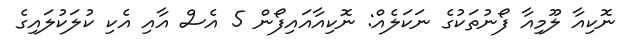
ނޮކިއާ ލޫމިއާ ފޯނުތަކުގެ ނަކަލެއް: ނޮކިއާއައިފޯން 5 އެސް އާއި އެކި ކުލަކުލައިގެ